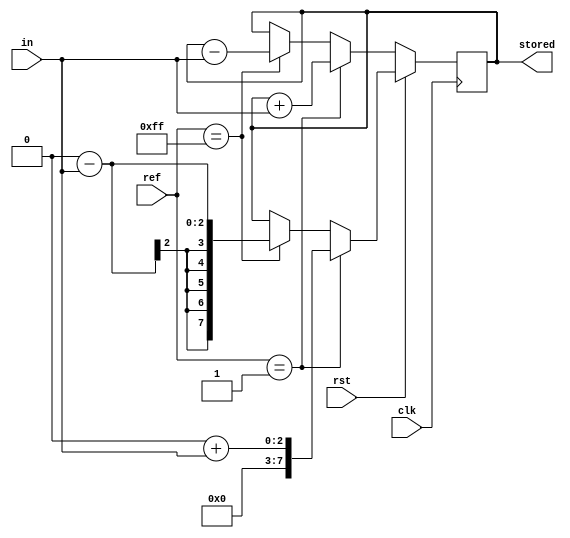
/***********************************************************************\
| Module:              sign_selector
| Author:              Alex Hare
| Last Updated:        02/05/2021
| Function:            Instead of using multipliers for correlation this
|                      function uses addition and subtraction with a 
|                      maintained storage variable. 
|                      If the reference signal is a 1, then add the 
|                      incomming signal value to the stored variable,
|                      else, subtract the incomming signal from the stored
|                      variable
| Inputs:              in     : incomming signal
|                      ref    : reference signal
|                      clk    : clock for calculating
| Output:              stored : maintained stored variable
| Additional comments: Largely based on Benson, B. "Design of a Low-Cost 
|                      Underwater Acoustic Modem for Short-Range Sensor 
|                      Networks", UC San Diego, 2010
\***********************************************************************/
module sign_selector(
	input wire signed [1:0] in,
	input wire        [7:0] ref,
	input wire              clk,
	input wire              rst,
	output reg signed [7:0] stored
);

//reg [7:0] stored;
initial stored = 8'b0;

always @ (posedge clk) begin
	if(rst == 1'b1) begin
		if ( ref == 8'b1 ) begin
			stored <= 8'b0 + in;
		end
		else if(ref == -8'd1) begin
			stored <= 8'b0 - in;
		end
	end
	else begin
		if ( ref == 8'b1 ) begin
			stored <= stored + in;
		end
		else if(ref == -8'd1) begin
			stored <= stored - in;
		end
	end
end

always @ (negedge clk) begin
	
end

endmodule